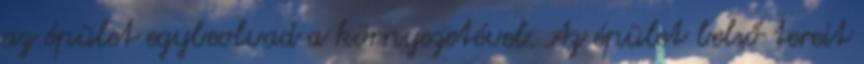
az épület egybeolvad a környezetével. Az épület belső tereit